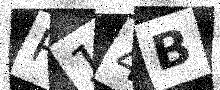
Text: P14B